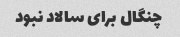
چنگال برای سالاد نبود